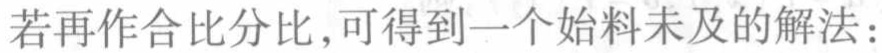
若再作合比分比,可得到一个始料未及的解法：